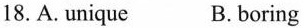
18.A. unique B. boring